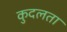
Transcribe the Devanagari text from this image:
कुदलता